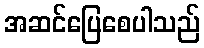
အဆင်ပြေစေပါသည်